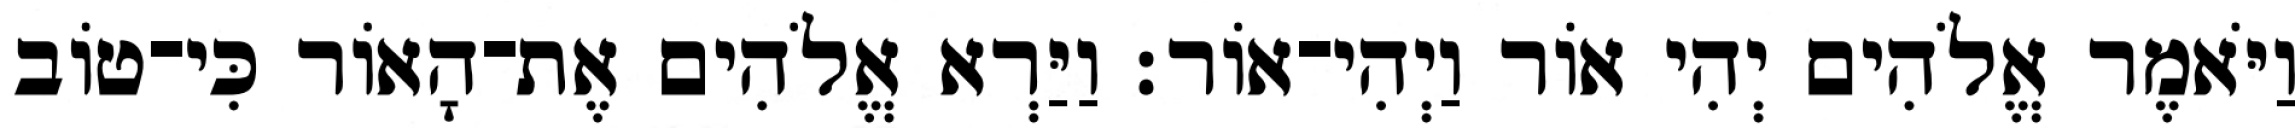
וַיֹּאמֶר אֱלֹהִים יְהִי אֹור וַיְהִי־אֹור׃ וַיַּרְא אֱלֹהִים אֶת־הָאֹור כִּי־טֹוב